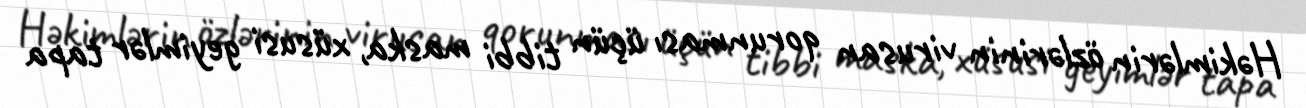
Həkimlərin özlərinin virusan qorunması üçün tibbi maska, xüsusi geyimlər tapa